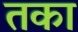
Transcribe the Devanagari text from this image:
तका